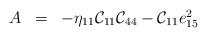
LaTeX: \begin{align*}\begin{array}{rcl}A&=&-\eta_{11}{\cal C}_{11}{\cal C}_{44}-{\cal C}_{11}e_{15}^2\end{array}\end{align*}